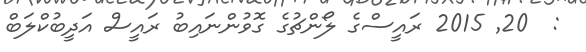
:  20